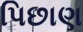
પિછાણ